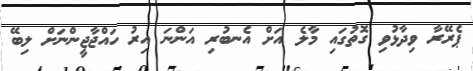
ޕެރޭރާ ވިދާޅުވި ގޮތުގައި މާލެ އަށް އެނބުރި އަންނަ އިރު ހައްޖާޖީންނަށް ލިބޭ